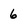
Character: 6